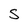
Character: s